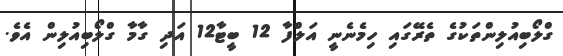
ގްލޯބިއުލިންތަކުގެ ތެރޭގައި ހިމެނެނީ އަލްފާ 12 ބީޓާ12 އަދި ގާމާ ގްލޯބިއުލިން އެވެ.